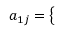
a _ { 1 j } = \left\{ \begin{array} { l l } { \begin{array} { r l r } \end{array} } \end{array} \right.